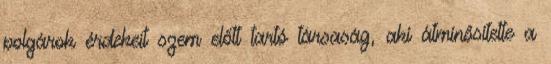
polgárok érdekeit szem előtt tartó társaság, aki átminősítette a